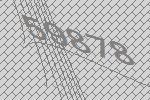
59878